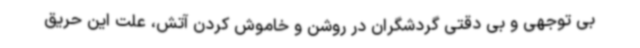
بی توجهی و بی دقتی گردشگران در روشن و خاموش کردن آتش، علت این حریق